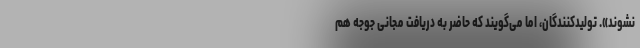
نشوند». تولیدکنندگان، اما می‌گویند که حاضر به دریافت مجانی جوجه هم